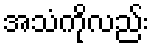
အသံကိုလည်း